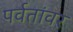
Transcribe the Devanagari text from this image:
पर्वतांवर